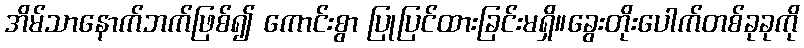
အိမ်သာနောက်ဘက်ဖြစ်၍ ကောင်းစွာ ပြုပြင်ထားခြင်းမရှိ။ခွေးတိုးပေါက်တစ်ခုခုကို